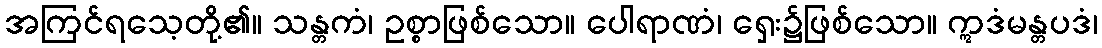
အကြင်ရသေ့တို့၏။ သန္တကံ၊ ဥစ္စာဖြစ်သော။ ပေါရာဏံ၊ ရှေး၌ဖြစ်သော။ ဣဒံမန္တပဒံ၊